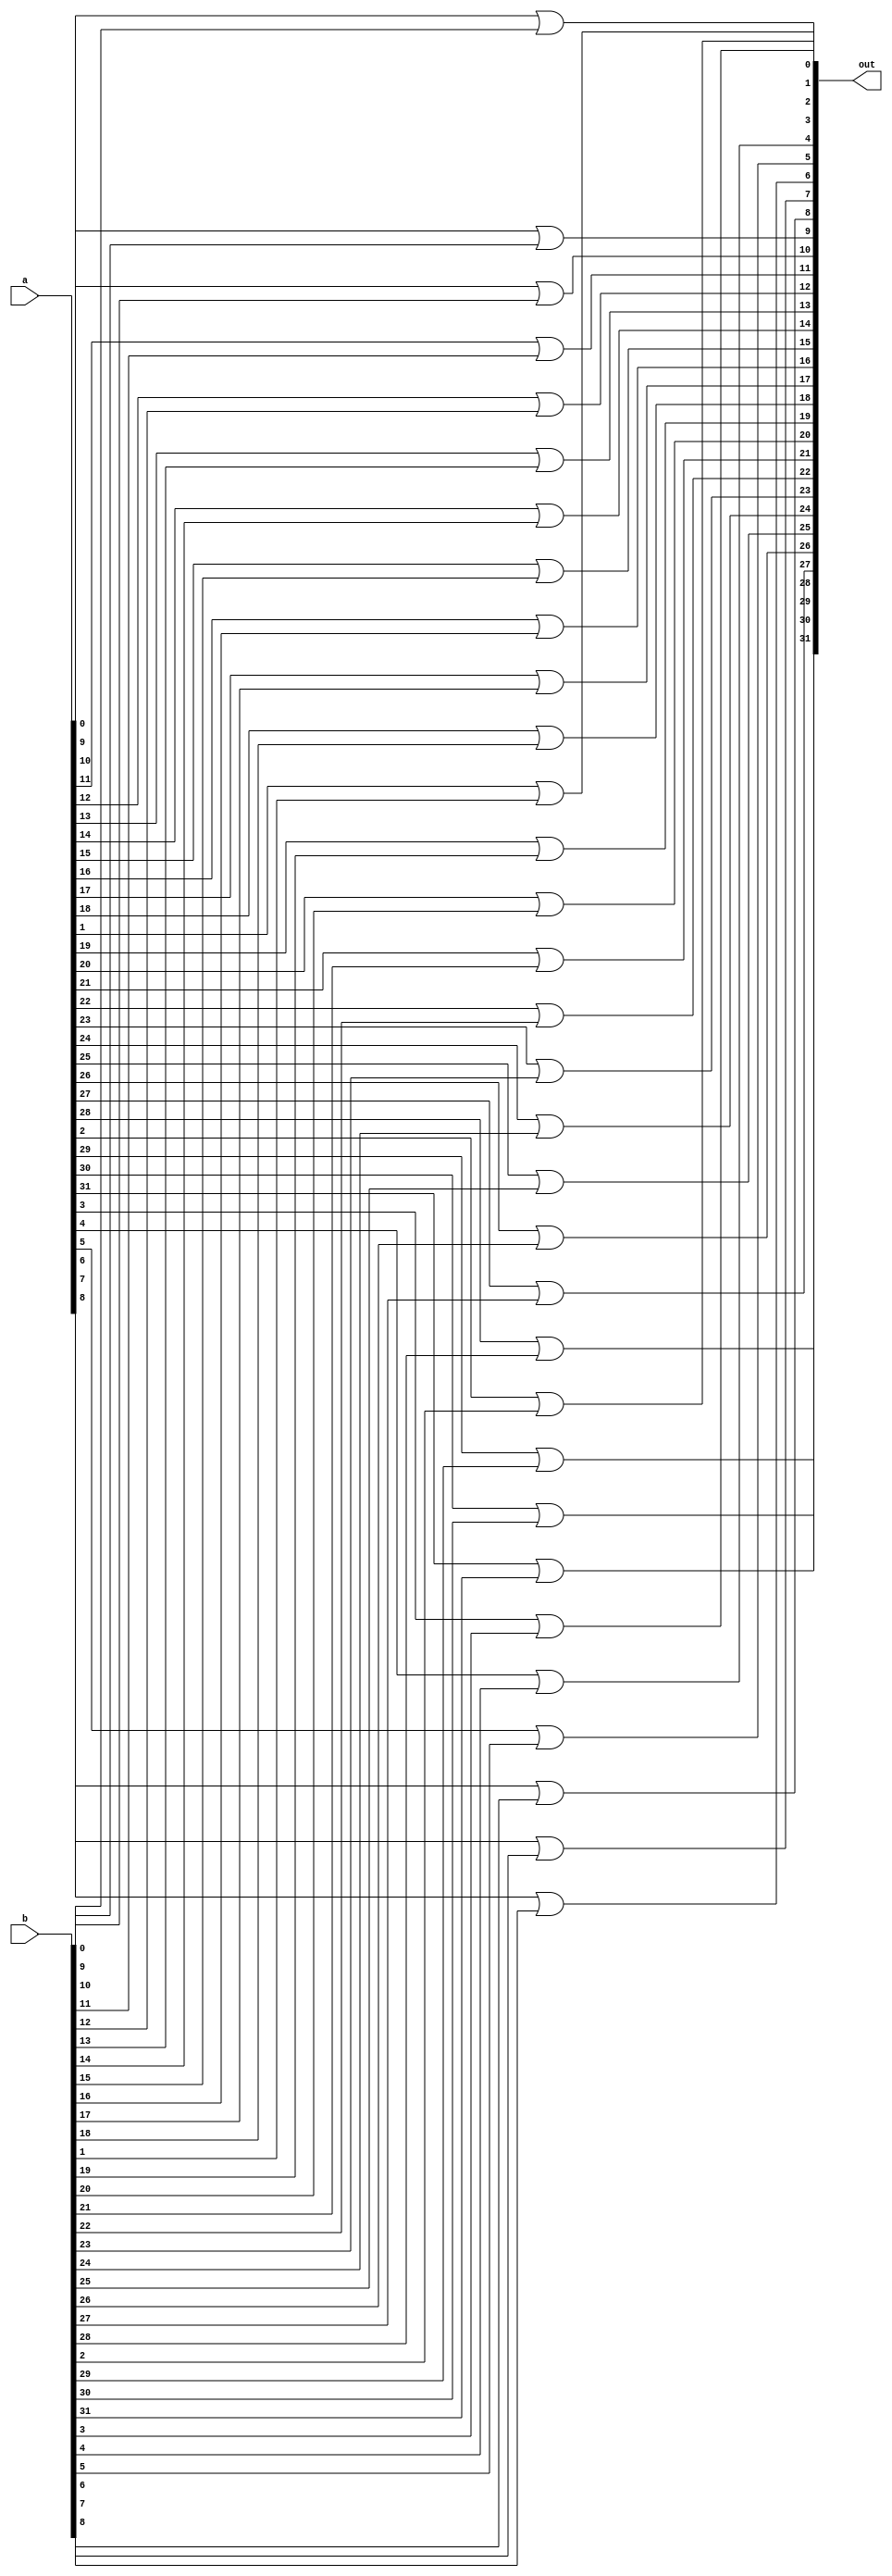
module bitwise_or(a, b, out);
	input [31:0] a, b;
	output [31:0] out;
	wire [31:0] out;
	genvar i;
	generate
		for(i=0; i<32; i=i+1) begin: or_loop
			or(out[i], a[i], b[i]);
		end
	endgenerate
endmodule